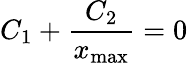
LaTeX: C_{1}+\frac{C_{2}}{x_{\mathrm{max}}}=0